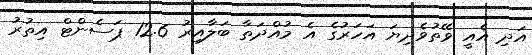
އަދި އެއީ ވޭތުވެދިޔަ އަހަރުގެ އެ މުއްދަތާ ބަލާއިރު 12.6 ޕަސެންޓް އިތުރު